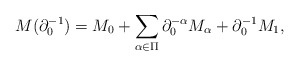
\begin{align*}M(\partial_{0}^{-1})=M_{0}+\sum_{\alpha\in\Pi}\partial_{0}^{-\alpha}M_{\alpha}+\partial_{0}^{-1}M_{1},\end{align*}